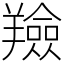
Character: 羷